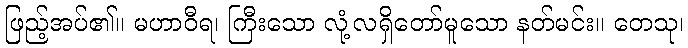
ဖြည့်အပ်၏။ မဟာဝီရ၊ ကြီးသော လုံ့လရှိတော်မူသော နတ်မင်း။ တေသု၊